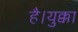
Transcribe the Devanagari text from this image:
है।युक्का